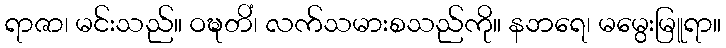
ရာဇာ၊ မင်းသည်။ ဝဍ္ဎတိံ၊ လက်သမားစသည်ကို။ နဘရေ၊ မမွေးမြူရာ။